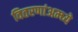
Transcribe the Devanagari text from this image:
वितरणांअम्ध्ये